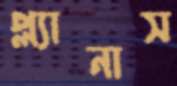
প্ল্যানাস